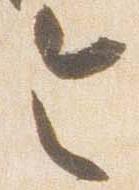
令